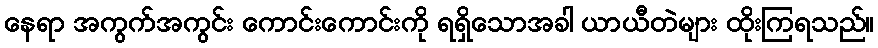
နေရာ အကွက်အကွင်း ကောင်းကောင်းကို ရရှိသောအခါ ယာယီတဲများ ထိုးကြရသည်။